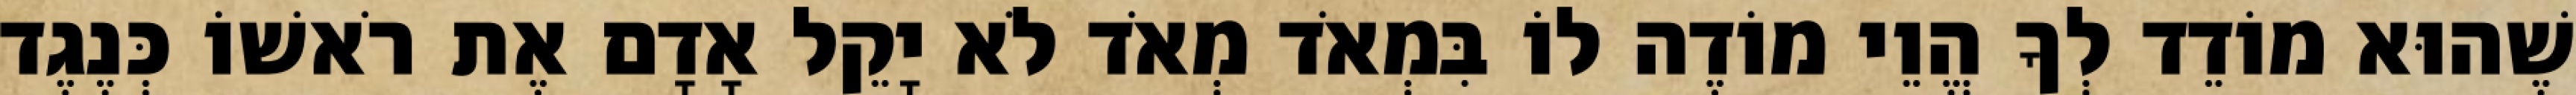
שֶׁהוּא מוֹדֵד לְךָ הֱוֵי מוֹדֶה לוֹ בִּמְאֹד מְאֹד לֹא יָקֵל אָדָם אֶת רֹאשׁוֹ כְּנֶגֶד